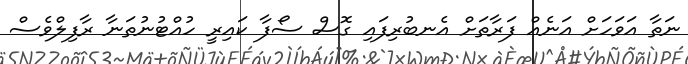
ނަތާ އަވަހަށް އަނެއް ފަރާތަށް އެނބުރިފައި ގޮސް ސޯފާ ކައިރީ ހުއްޓުނުތަނާ ރާފިލްވެސް